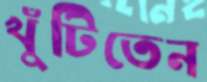
খুঁটিতেন